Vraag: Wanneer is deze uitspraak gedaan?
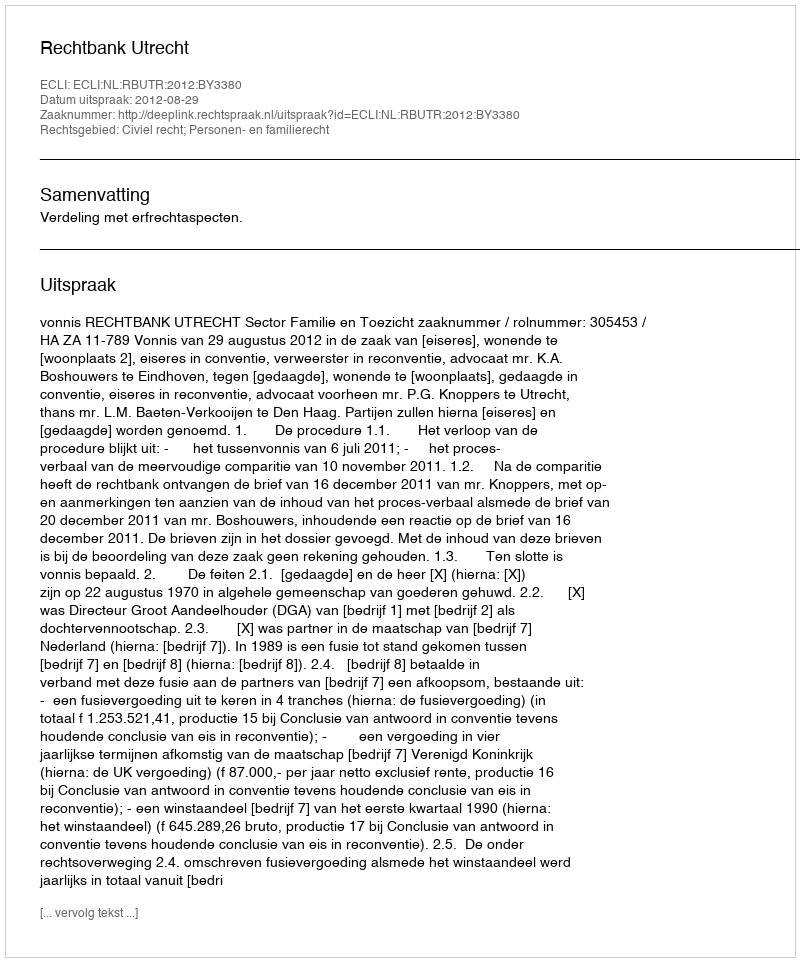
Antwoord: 2012-08-29